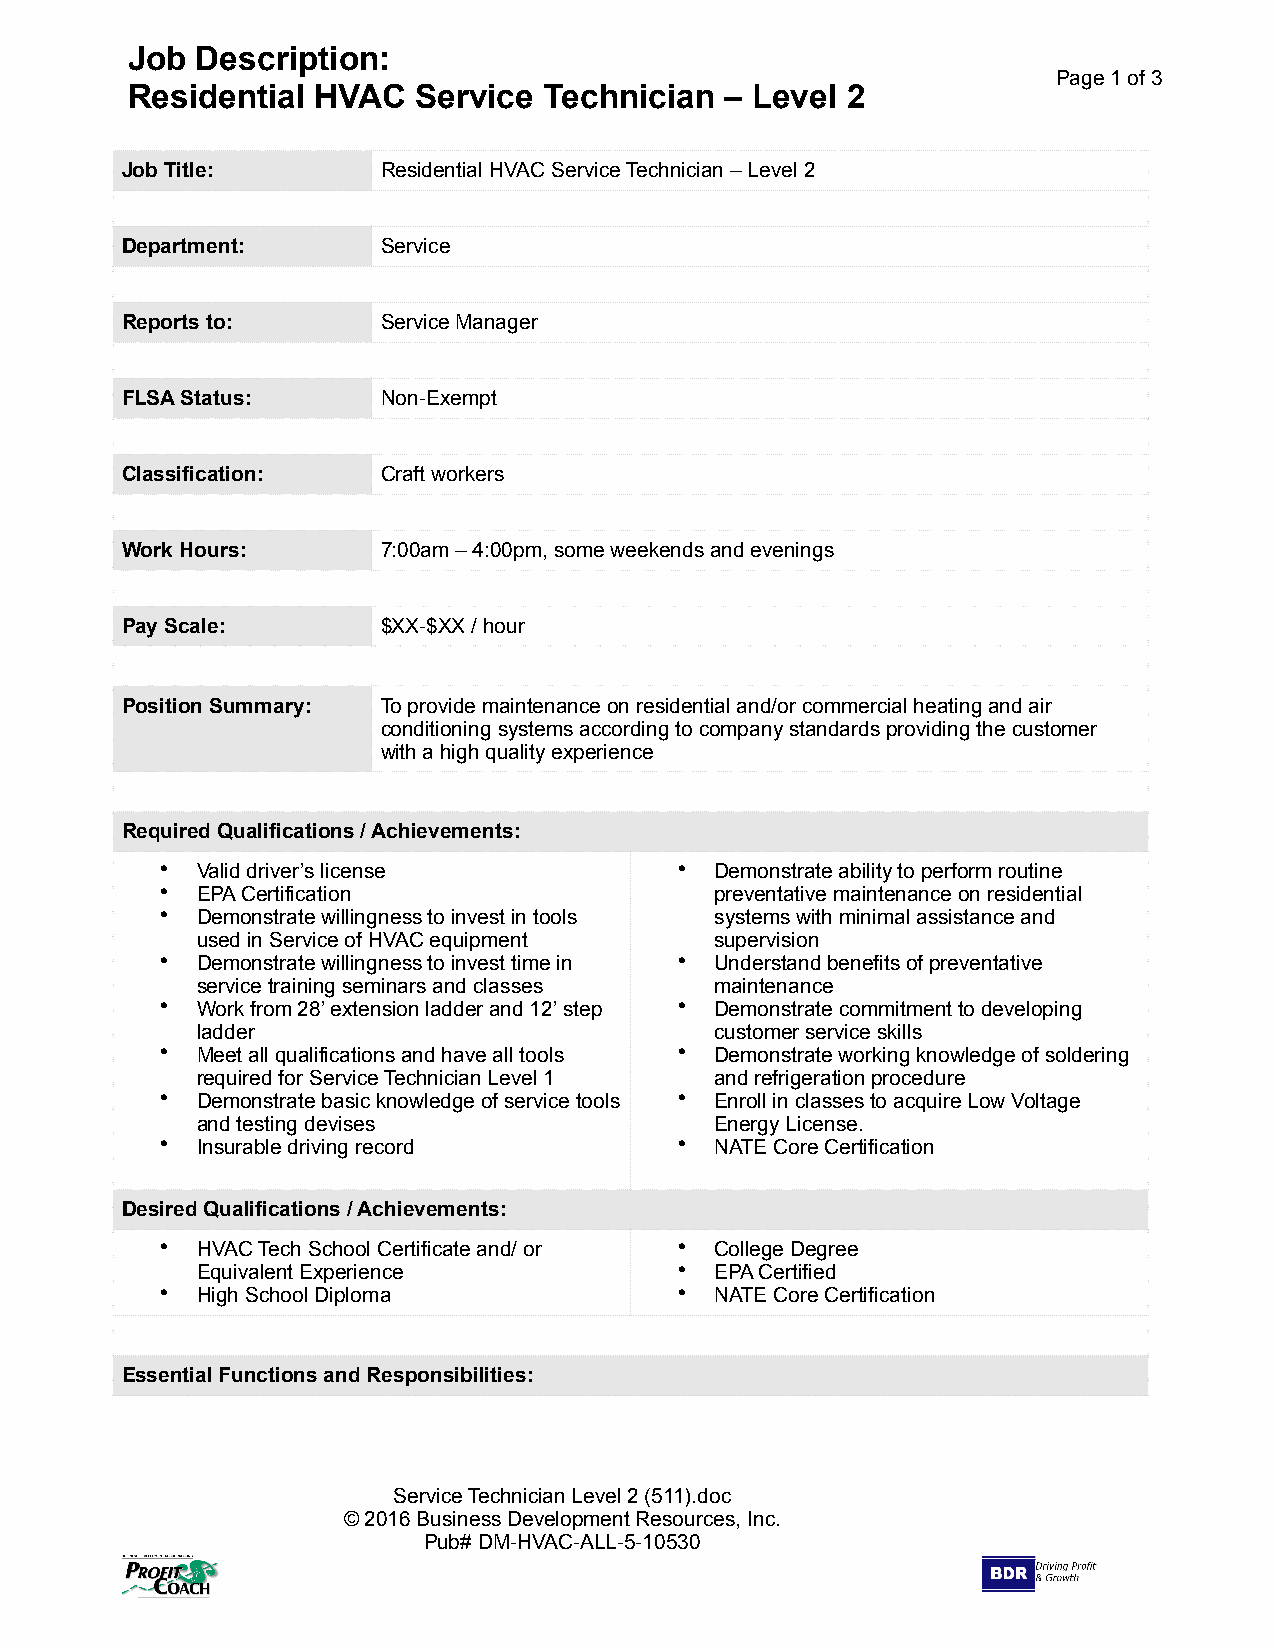
Job  Description:
 Page 1 of 3
 Residential  HVAC   Service Technician  – Level 2
 Job Title:       Residential HVAC Service Technician – Level 2
 Department:      Service
 Reports to:      Service Manager
 FLSA Status:     Non-Exempt
 Classification:  Craft workers
 Work Hours:      7:00am – 4:00pm, some weekends and evenings
 Pay Scale:       $XX-$XX / hour
 Position Summary: To provide maintenance on residential and/or commercial heating and air
 conditioning systems according to company standards providing the customer
 with a high quality experience
 Required Qualifications / Achievements:
 • Valid driver’s license          • Demonstrate ability to perform routine
 • EPA Certification                 preventative maintenance on residential
 • Demonstrate willingness to invest in tools systems with minimal assistance and
 used in Service of HVAC equipment supervision
 • Demonstrate willingness to invest time in • Understand benefits of preventative
 service training seminars and classes maintenance
 • Work from 28’ extension ladder and 12’ step • Demonstrate commitment to developing
 ladder                            customer service skills
 • Meet all qualifications and have all tools • Demonstrate working knowledge of soldering
 required for Service Technician Level 1 and refrigeration procedure
 • Demonstrate basic knowledge of service tools • Enroll in classes to acquire Low Voltage
 and testing devises               Energy License.
 • Insurable driving record        • NATE Core Certification
 Desired Qualifications / Achievements:
 • HVAC Tech School Certificate and/ or • College Degree
 Equivalent Experience           • EPA Certified
 • High School Diploma             • NATE Core Certification
 Essential Functions and Responsibilities:
 Service Technician Level 2 (511).doc
 © 2016 Business Development Resources, Inc.
 Pub# DM-HVAC-ALL-5-10530